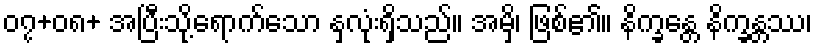
၀၇+၀၈+ အပြီးသို့ရောက်သော နှလုံးရှိသည်။ အမှိ၊ ဖြစ်၏။ နိက္ခန္တေ နိက္ခန္တဿ၊